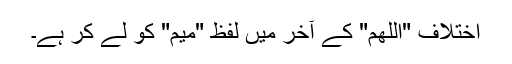
اختلاف "اللهم" کے آخر میں لفظ "میم" کو لے کر ہے۔